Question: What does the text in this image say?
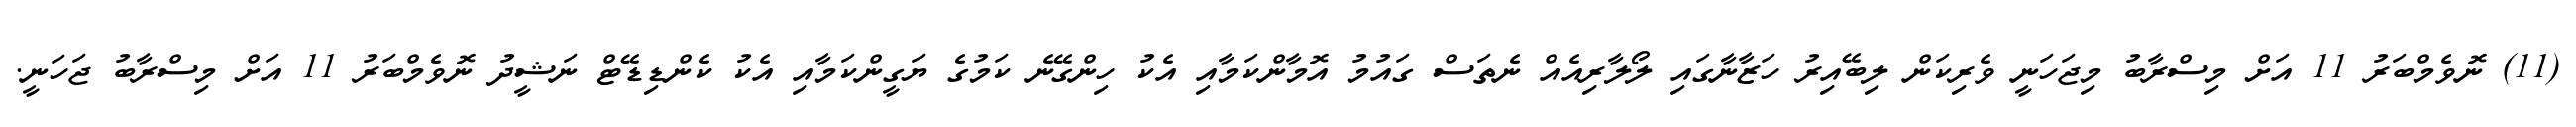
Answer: (11) ނޮވެމްބަރު 11 އަށް މިސްރާބު މިޖަހަނީ ވެރިކަން ލިބޭއިރު ހަޒާނާގައި ލޯލާރިއެއް ނެތަސް ގައުމު އޮމާންކަމާއި އެކު ހިންގޭނެ ކަމުގެ ޔަގީންކަމާއި އެކު ކެންޑިޑޭޓް ނަޝީދު ނޮވެމްބަރު 11 އަށް މިސްރާބު ޖަހަނީ.